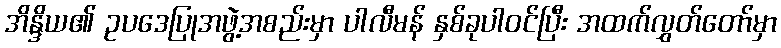
အိန္ဒိယ၏ ဥပဒေပြုအဖွဲ့အစည်းမှာ ပါလီမန် နှစ်ခုပါဝင်ပြီး အထက်လွှတ်တော်မှာ